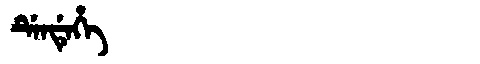
Manchu: ᡩᡝᠨᡩᡝᡥᡝ
Romanization: DENDEHE